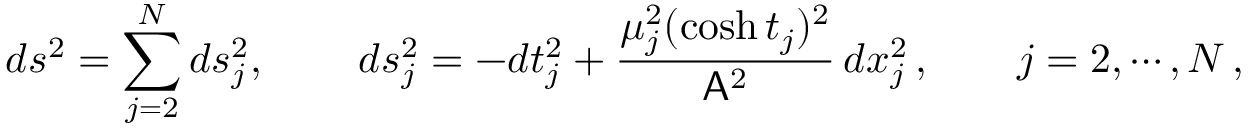
d s ^ { 2 } = \sum _ { j = 2 } ^ { N } d s _ { j } ^ { 2 } , \quad \quad \, d s _ { j } ^ { 2 } = - d t _ { j } ^ { 2 } + \frac { \mu _ { j } ^ { 2 } ( \cosh { t _ { j } } ) ^ { 2 } } { \mathsf { A } ^ { 2 } } \, d x _ { j } ^ { 2 } \, , \qquad j = 2 , \cdots , N \, ,